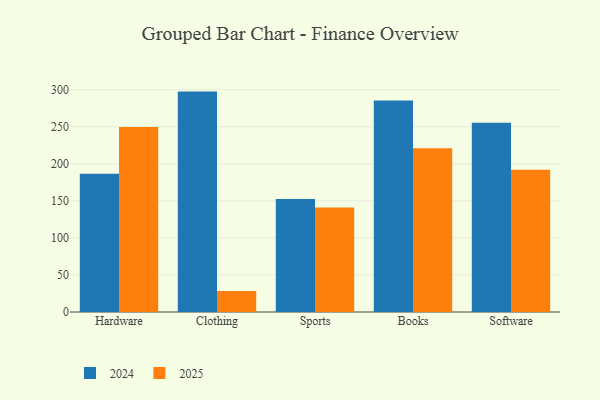
{"axis": {"x": "Category", "y": "Revenue (USD Million)"}, "legend": ["2024", "2025"], "data": [{"x": "Hardware", "y": 186.5, "type": "2024"}, {"x": "Hardware", "y": 249.8, "type": "2025"}, {"x": "Clothing", "y": 297.4, "type": "2024"}, {"x": "Clothing", "y": 28.3, "type": "2025"}, {"x": "Sports", "y": 152.6, "type": "2024"}, {"x": "Sports", "y": 140.9, "type": "2025"}, {"x": "Books", "y": 285.5, "type": "2024"}, {"x": "Books", "y": 220.9, "type": "2025"}, {"x": "Software", "y": 255.5, "type": "2024"}, {"x": "Software", "y": 192.1, "type": "2025"}]}